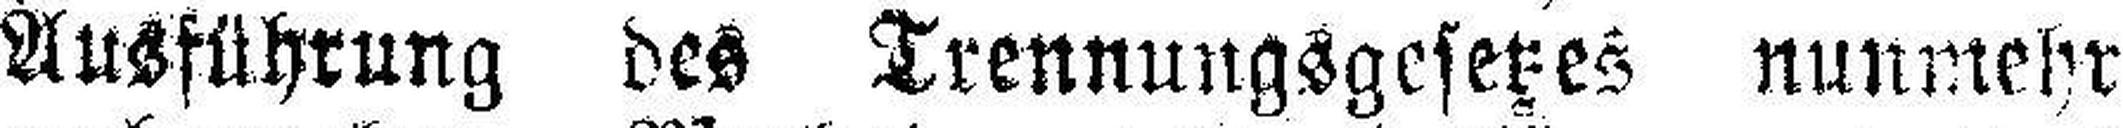
Ausführung des Trennungsgesetzes nunmehr